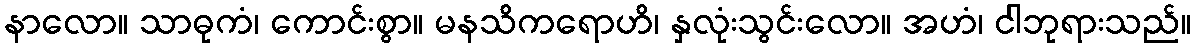
နာလော။ သာဓုကံ၊ ကောင်းစွာ။ မနသိကရောဟိ၊ နှလုံးသွင်းလော။ အဟံ၊ ငါဘုရားသည်။